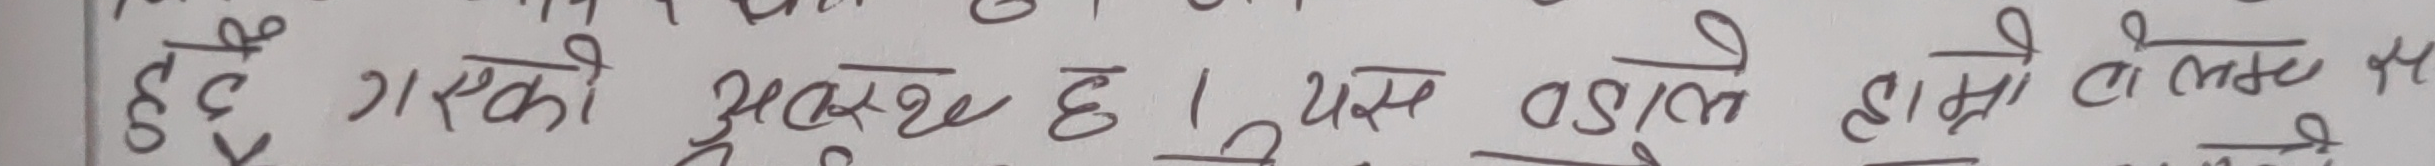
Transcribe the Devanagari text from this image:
त्येसको मुख्छ । यस बाट हाम्रो लागादसे